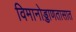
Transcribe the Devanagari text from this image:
विमानोड्डाणतासात